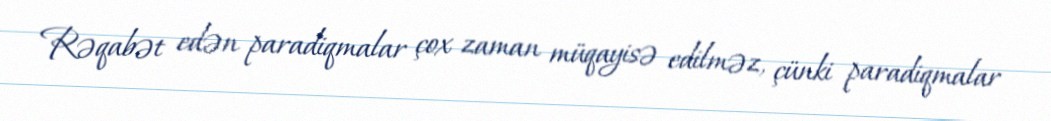
Rəqabət edən paradiqmalar çox zaman müqayisə edilməz, çünki paradiqmalar